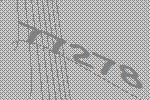
77278